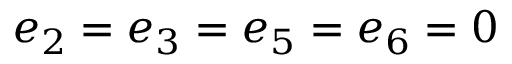
e _ { 2 } = e _ { 3 } = e _ { 5 } = e _ { 6 } = 0